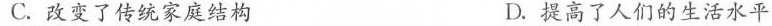
C.改变了传统家庭结构 D.提高了人们的生活水平